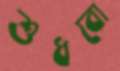
শুধবো